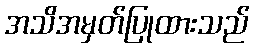
အသိအမှတ်ပြုထားသည်